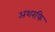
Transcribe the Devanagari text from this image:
अशरफि